Punjab Mental Hospital Lahore 1932-46 - 1932-1946
Year: 1932
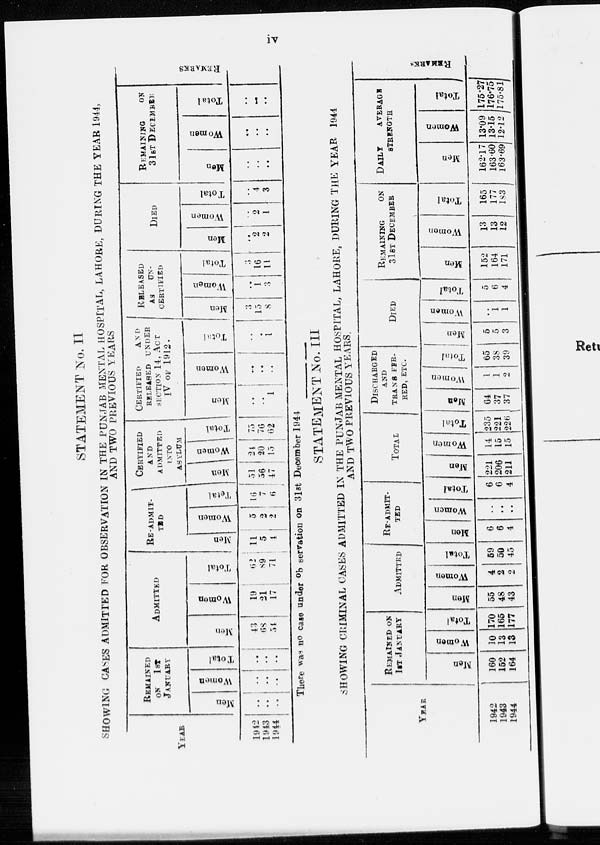
iv
STATEMENT No. II
SHOWING CASES ADMITTED FOR OBSERVATION IN THE PUNJAB MENTAL HOSPITAL, LAHORE, DURING THE YEAR 1944,
AND TWO PREVIOUS YEARS
YEAR
1942
1943
1944
REMAINING
ON 1ST
JANUARY
Men
..
..
..
Women
..
..
..
Total
..
..
..
ADMITTED
Men
43
68
54
Women
19
21
17
Total
62
89
71
RE-ADMIT-
TED
Men
11
5
4
Women
5
2
2
Total
16
7
6
CERTIFIED
AND
ADMITTED
INTO
ASYLUM
Men
51
56
47
Women
24
20
15
Total
75
76
62
CERTIFIED
AND
RELEASED UNDER
SECTION 14, ACT
IV OF 1912.
Me n
..
..
1
Wo me n
..
..
..
Total
..
..
1
RELEASED
AS
UN-
CERTIFIED
Men
3
15
8
Women
..
1
3
Total
3
16
11
DIED
Men
..
2
2
Women
..
2
1
Total
..
4
3
REMAINING ON
31ST DECEMBER
Me n
..
..
..
Wo me n
..
..
..
Tot al
..
..
..
REMARKS.
There was no case under observation on 31st December 1944
STATEMENT No. III
SHOWING CRIMINAL CASES ADMITTED IN THE PUNJAB MENTAL HOSPITAL, LAHORE, DURING THE YEAR 1944
AND TWO PREVIOUS YEARS.
YEAR
1942
1943
1944
REMAINED ON
1ST JANUARY
Men
160
152
164
Women
10
13
13
Total
170
165
177
ADMITTED
Men
55
48
43
Women
4
2
2
Total
59
50
45
RE-ADMIT-
---
Men
6
6
4
Women
..
..
..
Tot al
6
6
4
TOTAL
Men
221
206
211
Women
14
15
15
Total
235
221
226
DISCHARGED
AND
TRANS FER-
RED, ETC.
Men
64
37
37
Wo me n
1
1
2
Tot al
65
38
39
DIED
Men
5
5
3
Women
..
1
1
Total
5
6
4
REMAINING ON
31ST DECEMBER
Men
152
164
171
Women
13
13
12
Total
165
177
183
DAILY AVERAGE
STRENGTH
Men
162.17
163.60
163.69
Women
13.09
13.15
12.12
Total
175.27
176.75
175.81
REMARKS.